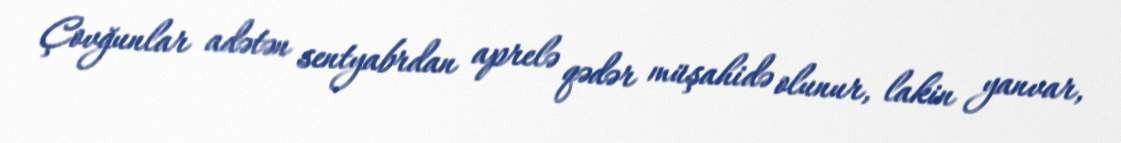
Çovğunlar adətən sentyabrdan aprelə qədər müşahidə olunur, lakin yanvar,